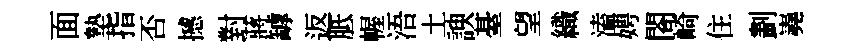
面墊指否撼對蔣罅返胝幄浯土諛䑓望織溘娉閤崎住劃嶤